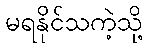
မရနိုင်သကဲ့သို့